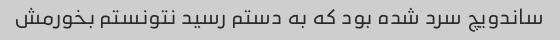
ساندویچ سرد شده بود که به دستم رسید نتونستم بخورمش